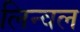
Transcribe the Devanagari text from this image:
लिन्वल